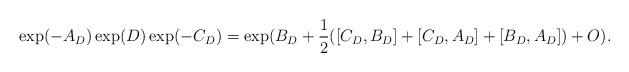
LaTeX: \begin{align*}\exp(-A_D)\exp(D)\exp(-C_D)=\exp(B_D+\frac{1}{2}([C_D,B_D]+[C_D,A_D]+[B_D,A_D])+O).\end{align*}